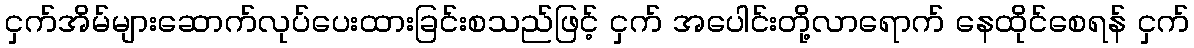
ငှက်အိမ်များဆောက်လုပ်ပေးထားခြင်းစသည်ဖြင့် ငှက် အပေါင်းတို့လာရောက် နေထိုင်စေရန် ငှက်